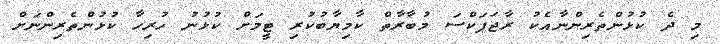
މި ދެ ކުޅުންތެރިންނާއެކު ރާޖަޕަކްސަ މުބާރާތް ކާމިޔާބުކުރި ޓީމަށް ކުޅުނު ހުރިހާ ކުޅުންތެރިންނަށް